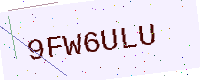
Text: 9FW6ULU